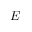
\boldsymbol { E }